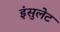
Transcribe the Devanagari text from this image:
इंसुलेट